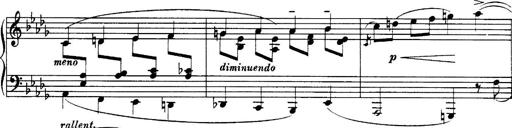
Title: 3 Sonatinas, Op.67
Composer: Jean Sibelius